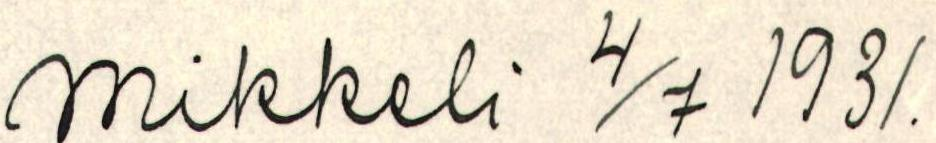
mikkeli 4/7 1931.